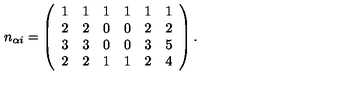
n _ { \alpha i } = \left( \begin{array} { c c c c c c } { 1 } & { 1 } & { 1 } & { 1 } & { 1 } & { 1 } \\ { 2 } & { 2 } & { 0 } & { 0 } & { 2 } & { 2 } \\ { 3 } & { 3 } & { 0 } & { 0 } & { 3 } & { 5 } \\ { 2 } & { 2 } & { 1 } & { 1 } & { 2 } & { 4 } \\ \end{array} \right) .